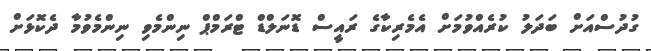
ގުދުސްއަށް ބަދަލު ކުރެއްވުމަށް އެމެރިކާގެ ރައީސް ޑޮނަލްޑް ޓްރަމްޕް ނިންމެވި ނިންމެވުމާ ދެކޮޅަށް